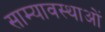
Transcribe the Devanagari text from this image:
साम्यावस्थाओं